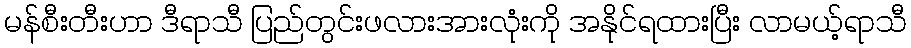
မန်စီးတီးဟာ ဒီရာသီ ပြည်တွင်းဖလားအားလုံးကို အနိုင်ရထားပြီး လာမယ့်ရာသီ